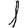
Digit: 1